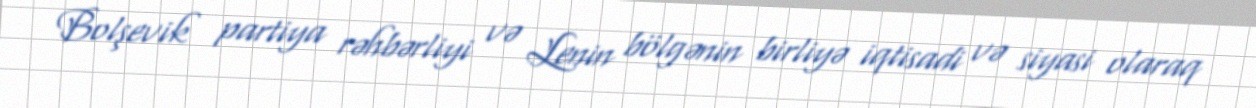
Bolşevik partiya rəhbərliyi və Lenin bölgənin birliyə iqtisadi və siyasi olaraq